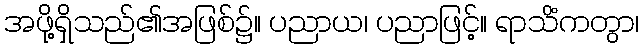
အဖို့ရှိသည်၏အဖြစ်၌။ ပညာယ၊ ပညာဖြင့်။ ရာသိံကတွာ၊